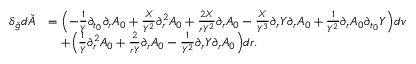
\begin{array} { r l } { \delta _ { \check { g } } d \check { A } } & { = \Bigl ( - \frac { 1 } { Y } \partial _ { t _ { 0 } } \partial _ { r } A _ { 0 } + \frac { X } { Y ^ { 2 } } \partial _ { r } ^ { 2 } A _ { 0 } + \frac { 2 X } { r Y ^ { 2 } } \partial _ { r } A _ { 0 } - \frac { X } { Y ^ { 3 } } \partial _ { r } Y \partial _ { r } A _ { 0 } + \frac { 1 } { Y ^ { 2 } } \partial _ { r } A _ { 0 } \partial _ { t _ { 0 } } Y \Bigr ) d v } \\ & { \quad + \Bigl ( \frac { 1 } { Y } \partial _ { r } ^ { 2 } A _ { 0 } + \frac { 2 } { r Y } \partial _ { r } A _ { 0 } - \frac { 1 } { Y ^ { 2 } } \partial _ { r } Y \partial _ { r } A _ { 0 } \Bigr ) d r . } \end{array}